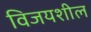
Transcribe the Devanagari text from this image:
विजयशील